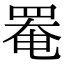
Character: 罨